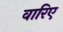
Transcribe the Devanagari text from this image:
वारिए